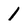
Character: 1